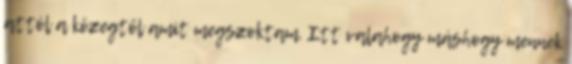
attól a közegtől amit megszoktam. Itt valahogy máshogy mennek